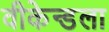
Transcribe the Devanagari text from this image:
वीकेन्डला